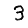
Digit: 3